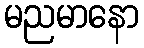
မညမာနော